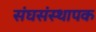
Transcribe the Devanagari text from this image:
संघसंस्थापक